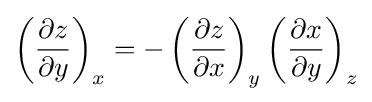
\left({\frac {\partial z}{\partial y}}\right)_{x}=-\left({\frac {\partial z}{\partial x}}\right)_{y}\left({\frac {\partial x}{\partial y}}\right)_{z}